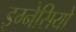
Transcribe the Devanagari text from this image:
इग्नेसियो